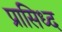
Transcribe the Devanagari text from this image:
प्रासिध्द